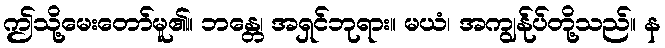
ဤသို့မေးတော်မူ၏။ ဘန္တေ၊ အရှင်ဘုရား။ မယံ၊ အကျွန်ုပ်တို့သည်။ န